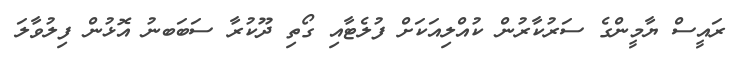
ރައީސް ޔާމީންގެ ސަރުކާރުން ކުއްލިއަކަށް ފުލެޓާއި ގޯތި ދޫކުރާ ސަބަބނު އޮޅުން ފިލުވާލަ